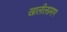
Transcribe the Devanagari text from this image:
खालीलप्रमाण